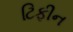
ટિફીન